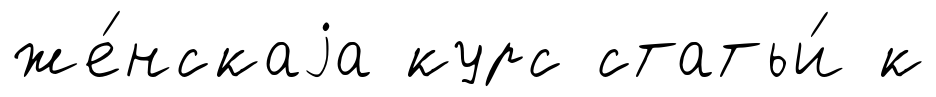
же́нскаjа курс статьи́ к